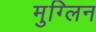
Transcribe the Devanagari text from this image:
मुग्लिन